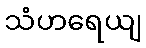
သံဟရေယျ